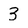
Character: 3